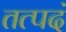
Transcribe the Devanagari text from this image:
तत्पदं